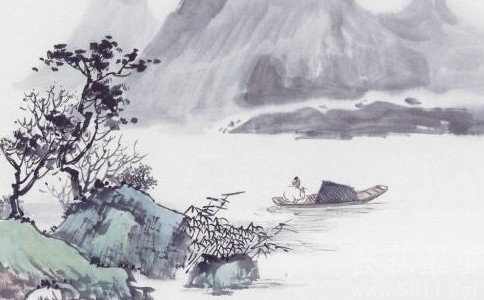
家山何在，雪后园林，水边楼阁。